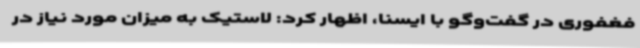
فغفوری در گفت‌وگو با ایسنا، اظهار کرد: لاستیک به میزان مورد نیاز در